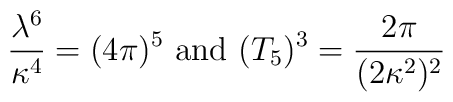
\frac{\lambda^6}{\kappa^4} = (4\pi)^5 \mbox{ and } (T_5)^3 = \frac{2\pi}{(2\kappa^2)^2}